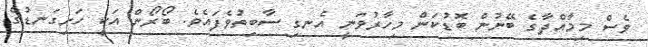
ވެސް މިމާއްދާގެ ބޭނުން ބޮޑުކަން މިހާރުވަނީ އެނގި ސާބިތުވެފައެވެ. ބޯރޯން އަކީ ހަށިގަނޑުގެ